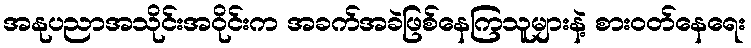
အနုပညာအသိုင်းအဝိုင်းက အခက်အခဲဖြစ်နေကြသူများနဲ့ စားဝတ်နေရေး